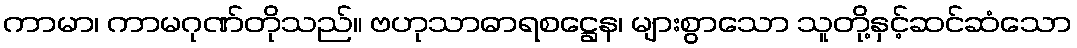
ကာမာ၊ ကာမဂုဏ်တိုသည်။ ဗဟုသာဓာရစဋ္ဌေန၊ များစွာသော သူတို့နှင့်ဆင်ဆံသော